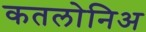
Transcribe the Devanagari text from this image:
कतलोनिअ